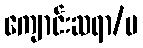
ကျောင်းဆရာ/မ